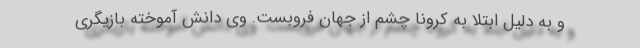
و به دلیل ابتلا به کرونا چشم از جهان فروبست. وی دانش آموخته بازیگری